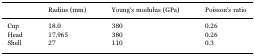
|  | Radius (mm) | Young's modulus (GPa) | Poisson's ratio |
 | --- | --- | --- | --- |
 | Cup | 18.0 | 380 | 0.26 |
 | Head | 17.965 | 380 | 0.26 |
 | Shell | 27 | 110 | 0.3 |